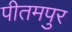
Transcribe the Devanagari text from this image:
पीतमपुर